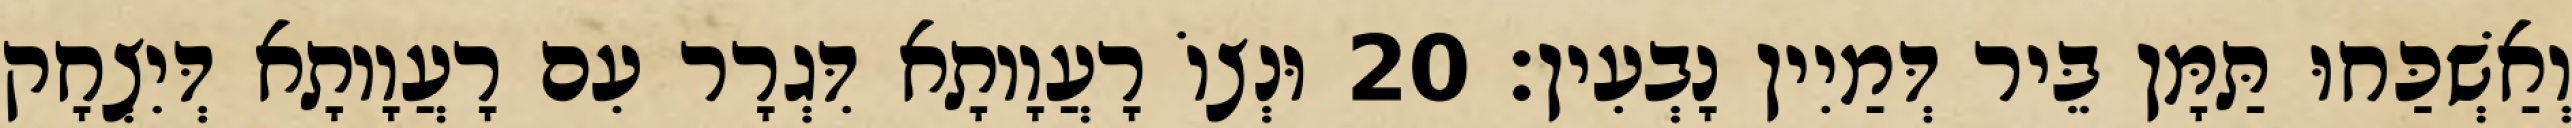
וְאַשְׁכַּחוּ תַּמָּן בֵּיר דְּמַיִין נָבְעִין׃ 20 וּנְצוֹ רָעֲוָותָא דִּגְרָר עִם רָעֲוָותָא דְּיִצְחָק